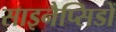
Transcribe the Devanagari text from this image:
साइनैप्सिडों